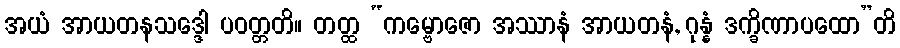
အယံ အာယတနသဒ္ဒေါ ပဝတ္တတိ။ တတ္ထ “ကမ္ဗောဇော အဿာနံ အာယတနံ, ဂုန္နံ ဒက္ခိဏာပထော”တိ